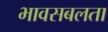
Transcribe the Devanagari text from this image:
भावसबलता